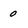
Character: 0